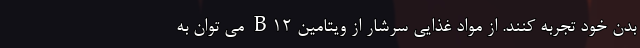
بدن خود تجربه کنند. از مواد غذایی سرشار از ویتامین B12 می توان به